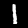
Digit: 1